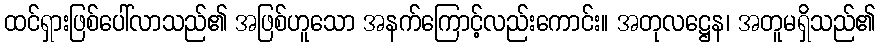
ထင်ရှားဖြစ်ပေါ်လာသည်၏ အဖြစ်ဟူသော အနက်ကြောင့်လည်းကောင်း။ အတုလဋ္ဌေန၊ အတူမရှိသည်၏